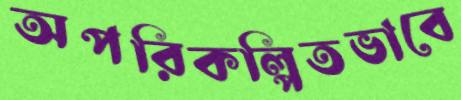
অপরিকল্পিতভাবে